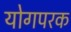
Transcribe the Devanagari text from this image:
योगपरक